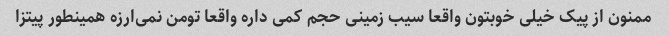
ممنون از پیک خیلی خوبتون واقعا سیب زمینی حجم کمی داره واقعا تومن نمی‌ارزه همینطور پیتزا